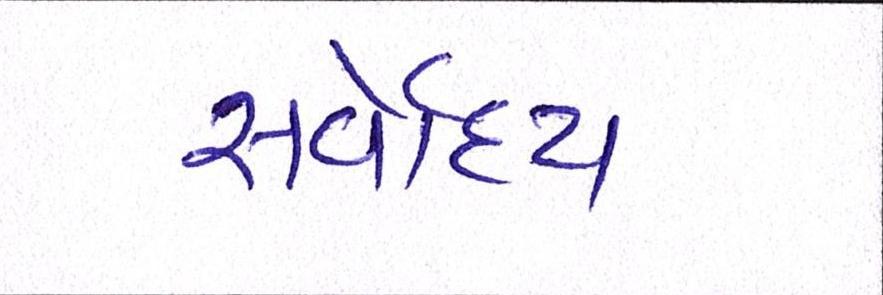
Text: સર્વોદય